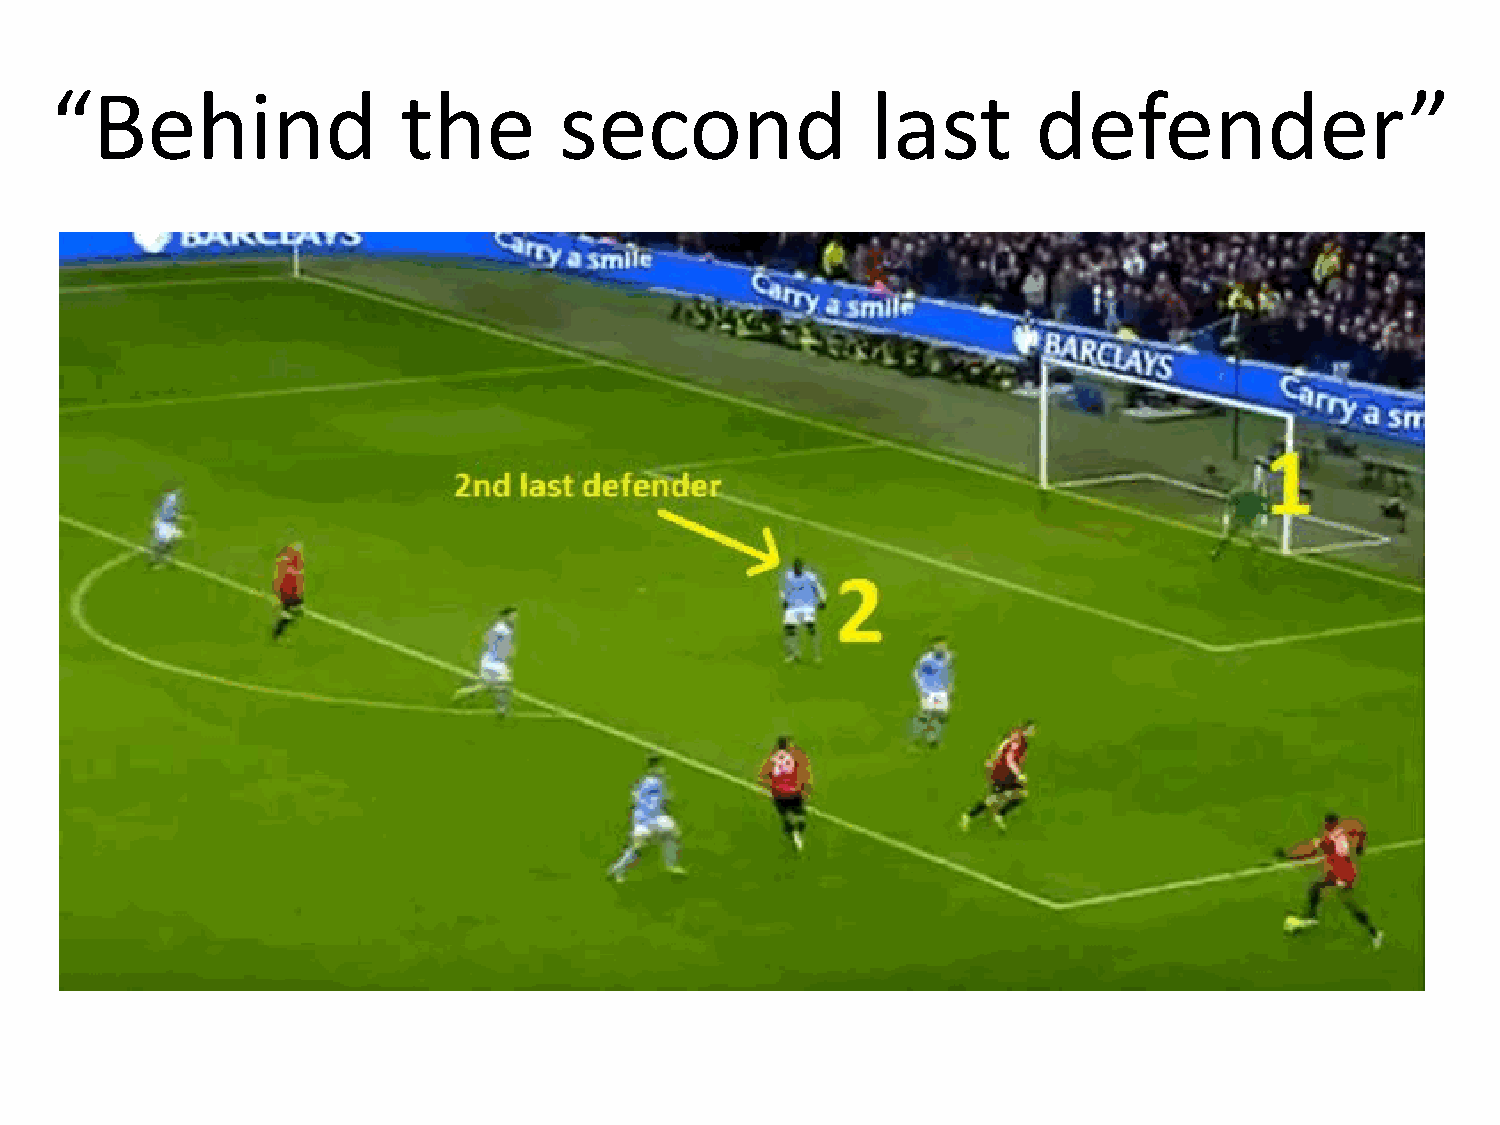
“Behind                the        second               last       defender”